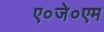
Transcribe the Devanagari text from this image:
ए०जे०एम